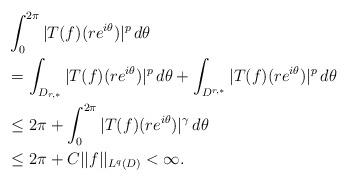
LaTeX: \begin{align*}&\int_0^{2\pi} | T(f)(re^{i\theta})|^p \,d\theta \\&= \int_{D_{r,*}} | T(f)(re^{i\theta})|^p \,d\theta + \int_{D^{r,*}} | T(f)(re^{i\theta})|^p \,d\theta \\&\leq 2\pi + \int_0^{2\pi} | T(f)(re^{i\theta})|^\gamma \,d\theta \\&\leq 2\pi + C||f||_{L^q(D)} < \infty.\end{align*}